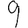
Digit: 9